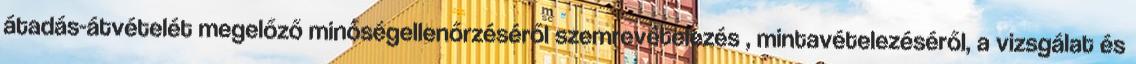
átadás-átvételét megelőző minőségellenőrzéséről szemrevételezés , mintavételezéséről, a vizsgálat és